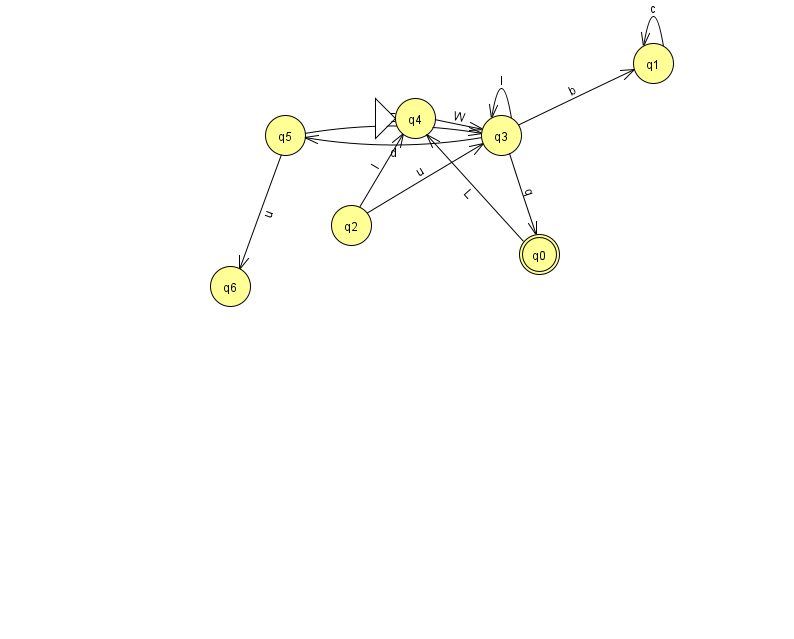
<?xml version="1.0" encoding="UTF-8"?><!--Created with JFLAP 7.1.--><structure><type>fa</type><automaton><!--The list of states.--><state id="0" name="q0"><x>539.0</x><y>241.0</y><final/></state><state id="1" name="q1"><x>653.0</x><y>50.0</y></state><state id="2" name="q2"><x>351.0</x><y>212.0</y></state><state id="3" name="q3"><x>501.0</x><y>122.0</y></state><state id="4" name="q4"><x>415.0</x><y>105.0</y><initial/></state><state id="5" name="q5"><x>285.0</x><y>122.0</y></state><state id="6" name="q6"><x>230.0</x><y>273.0</y></state><!--The list of transitions.--><transition><from>1</from><to>1</to><read>c</read></transition><transition><from>2</from><to>3</to><read>u</read></transition><transition><from>3</from><to>0</to><read>q</read></transition><transition><from>4</from><to>3</to><read>W</read></transition><transition><from>5</from><to>6</to><read>u</read></transition><transition><from>0</from><to>4</to><read>L</read></transition><transition><from>2</from><to>4</to><read>l</read></transition><transition><from>3</from><to>1</to><read>b</read></transition><transition><from>3</from><to>3</to><read>l</read></transition><transition><from>5</from><to>3</to><read>E</read></transition><transition><from>3</from><to>5</to><read>d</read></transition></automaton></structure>